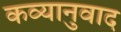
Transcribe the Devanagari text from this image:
कव्यानुवाद